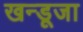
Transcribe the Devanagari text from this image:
खन्डूजा